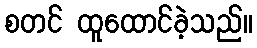
စတင် ထူထောင်ခဲ့သည်။